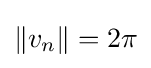
\|v_{n}\|=2\pi